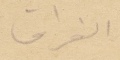
الفراق